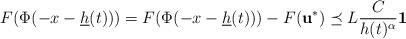
LaTeX: \begin{align*}&F(\Phi(-x-\underline h(t)))=F(\Phi(-x-\underline h(t)))-F(\mathbf{u}^*)\preceq L\frac{C}{h(t)^\alpha}\mathbf{1}\end{align*}